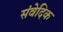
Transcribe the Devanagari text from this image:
संवेदिक